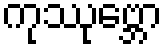
ကုဿုဗ္ဘော